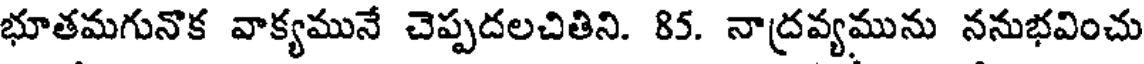
భూతమగునొక వాక్యమునే చెప్పదలచితిని. 85. నాద్రవ్యమును ననుభవించు